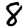
Digit: 8